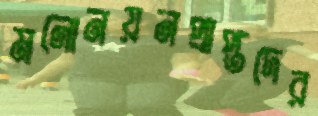
মনোনয়নপ্রাপ্তদের